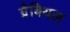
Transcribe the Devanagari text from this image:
ग्रैबियल